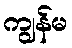
ကျွန်မ